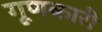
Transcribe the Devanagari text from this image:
गूणकारी